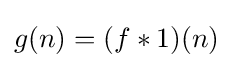
g(n)=(f\ast 1)(n)